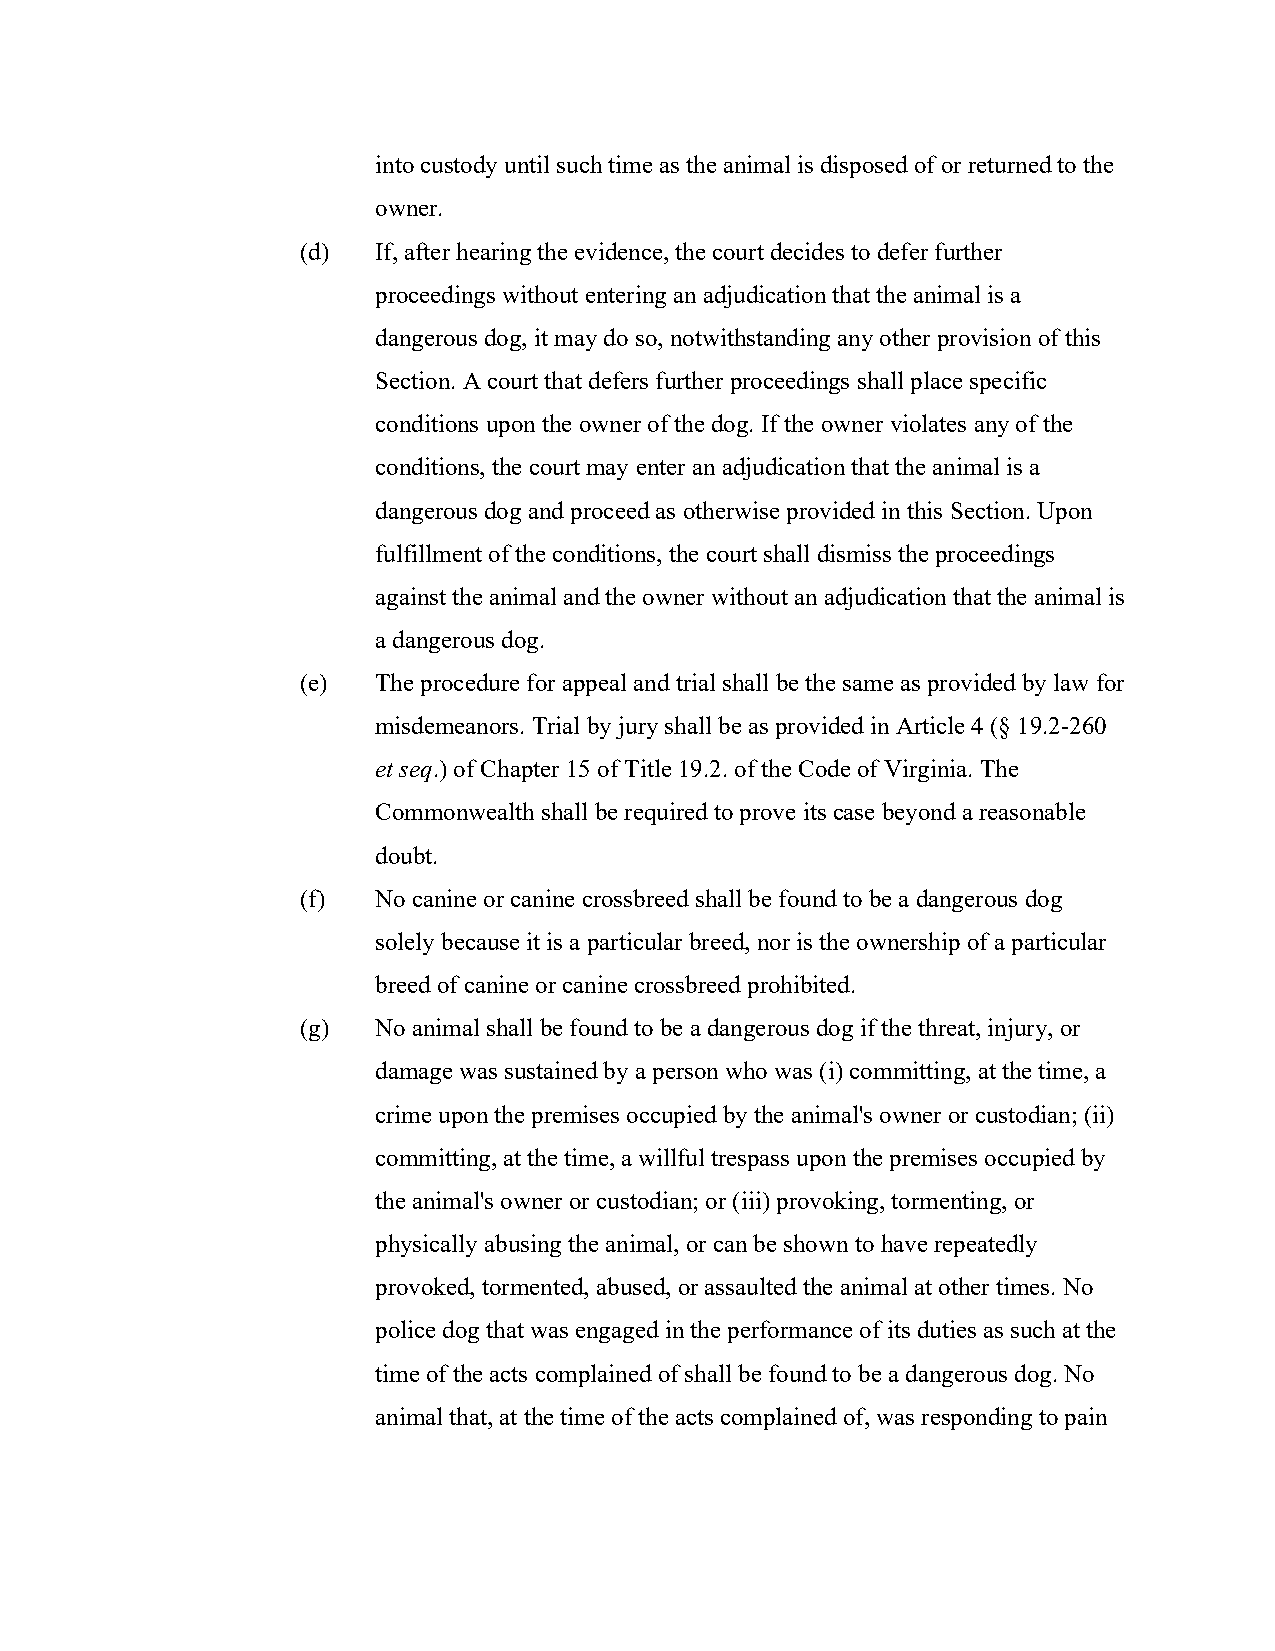
into custody until such time as the animal is disposed of or returned to the
 owner.
 (d)  If, after hearing the evidence, the court decides to defer further
 proceedings without entering an adjudication that the animal is a
 dangerous dog, it may do so, notwithstanding any other provision of this
 Section. A court that defers further proceedings shall place specific
 conditions upon the owner of the dog. If the owner violates any of the
 conditions, the court may enter an adjudication that the animal is a
 dangerous dog and proceed as otherwise provided in this Section. Upon
 fulfillment of the conditions, the court shall dismiss the proceedings
 against the animal and the owner without an adjudication that the animal is
 a dangerous dog.
 (e)  The procedure for appeal and trial shall be the same as provided by law for
 misdemeanors. Trial by jury shall be as provided in Article 4 (§ 19.2-260
 et seq.) of Chapter 15 of Title 19.2. of the Code of Virginia. The
 Commonwealth shall be required to prove its case beyond a reasonable
 doubt.
 (f)  No canine or canine crossbreed shall be found to be a dangerous dog
 solely because it is a particular breed, nor is the ownership of a particular
 breed of canine or canine crossbreed prohibited.
 (g)  No animal shall be found to be a dangerous dog if the threat, injury, or
 damage was sustained by a person who was (i) committing, at the time, a
 crime upon the premises occupied by the animal's owner or custodian; (ii)
 committing, at the time, a willful trespass upon the premises occupied by
 the animal's owner or custodian; or (iii) provoking, tormenting, or
 physically abusing the animal, or can be shown to have repeatedly
 provoked, tormented, abused, or assaulted the animal at other times. No
 police dog that was engaged in the performance of its duties as such at the
 time of the acts complained of shall be found to be a dangerous dog. No
 animal that, at the time of the acts complained of, was responding to pain